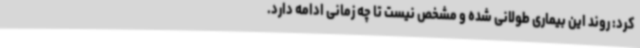
کرد: روند این بیماری طولانی شده و مشخص نیست تا چه زمانی ادامه دارد.